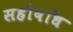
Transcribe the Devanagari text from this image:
सहौषधि